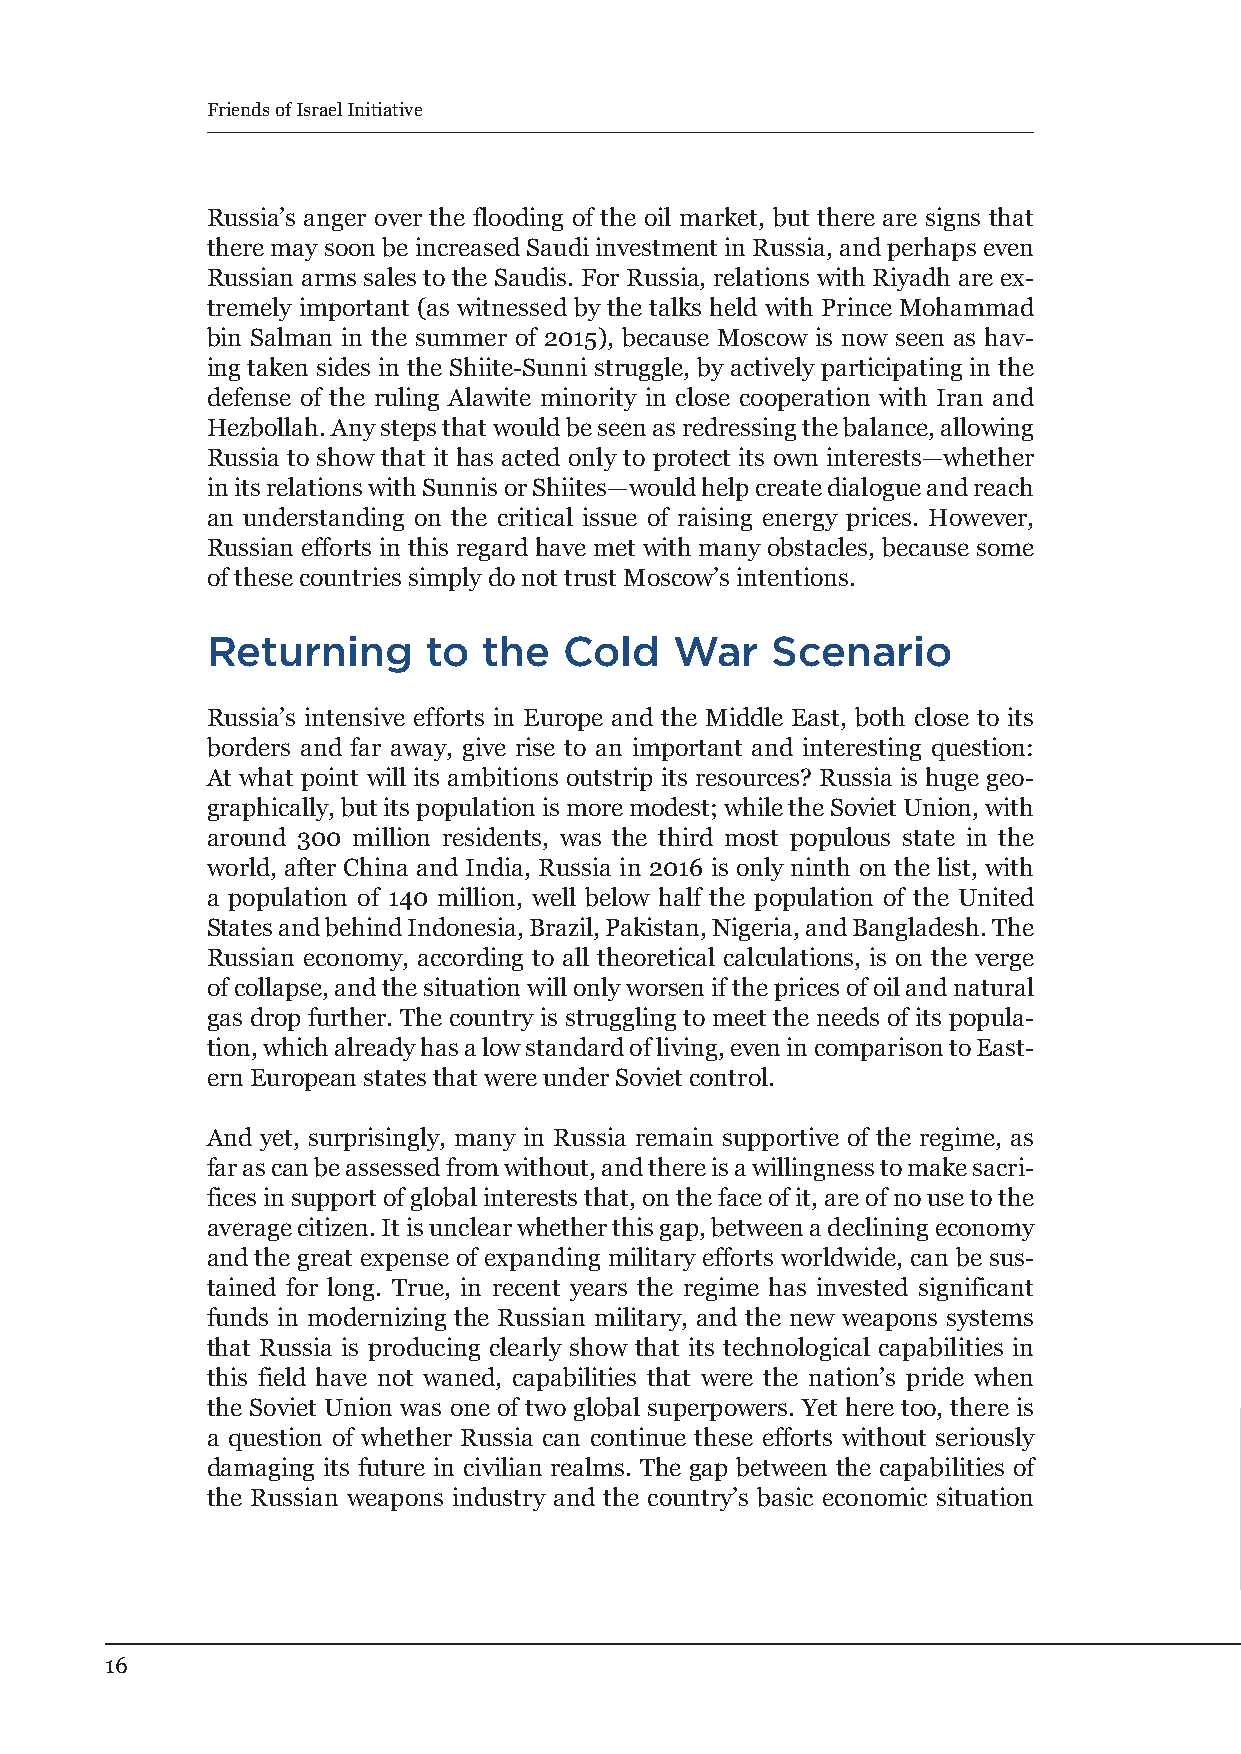
Friends of Israel Initiative
 Russia’s anger over the flooding of the oil market, but there are signs that
 there may soon be increased Saudi investment in Russia, and perhaps even
 Russian arms sales to the Saudis. For Russia, relations with Riyadh are ex-
 tremely important (as witnessed by the talks held with Prince Mohammad
 bin Salman in the summer of 2015), because Moscow is now seen as hav-
 ing taken sides in the Shiite-Sunni struggle, by actively participating in the
 defense of the ruling Alawite minority in close cooperation with Iran and
 Hezbollah. Any steps that would be seen as redressing the balance, allowing
 Russia to show that it has acted only to protect its own interests—whether
 in its relations with Sunnis or Shiites—would help create dialogue and reach
 an understanding on the critical issue of raising energy prices. However,
 Russian efforts in this regard have met with many obstacles, because some
 of these countries simply do not trust Moscow’s intentions.
 Returning     to  the  Cold    War   Scenario
 Russia’s intensive efforts in Europe and the Middle East, both close to its
 borders and far away, give rise to an important and interesting question:
 At what point will its ambitions outstrip its resources? Russia is huge geo-
 graphically, but its population is more modest; while the Soviet Union, with
 around 300 million residents, was the third most populous state in the
 world, after China and India, Russia in 2016 is only ninth on the list, with
 a population of 140 million, well below half the population of the United
 States and behind Indonesia, Brazil, Pakistan, Nigeria, and Bangladesh. The
 Russian economy, according to all theoretical calculations, is on the verge
 of collapse, and the situation will only worsen if the prices of oil and natural
 gas drop further. The country is struggling to meet the needs of its popula-
 tion, which already has a low standard of living, even in comparison to East-
 ern European states that were under Soviet control.
 And yet, surprisingly, many in Russia remain supportive of the regime, as
 far as can be assessed from without, and there is a willingness to make sacri-
 fices in support of global interests that, on the face of it, are of no use to the
 average citizen. It is unclear whether this gap, between a declining economy
 and the great expense of expanding military efforts worldwide, can be sus-
 tained for long. True, in recent years the regime has invested significant
 funds in modernizing the Russian military, and the new weapons systems
 that Russia is producing clearly show that its technological capabilities in
 this field have not waned, capabilities that were the nation’s pride when
 the Soviet Union was one of two global superpowers. Yet here too, there is
 a question of whether Russia can continue these efforts without seriously
 damaging its future in civilian realms. The gap between the capabilities of
 the Russian weapons industry and the country’s basic economic situation
 16